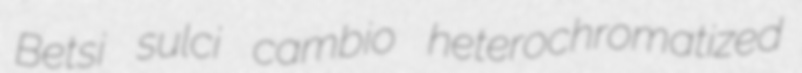
Betsi sulci cambio heterochromatized